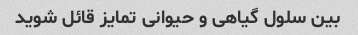
بین سلول گیاهی و حیوانی تمایز قائل شوید